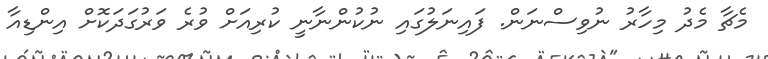
މެޗާ މެދު މިހާރު ނުވިސްނަން. ފައިނަލުގައި ނުކުންނާނީ ކުރިއަށް ވުރެ ވަރުގަދަކޮށް އިންޑިއާ